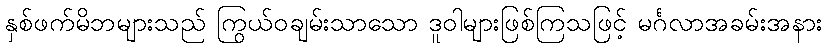
နှစ်ဖက်မိဘများသည် ကြွယ်ဝချမ်းသာသော ဒူဝါများဖြစ်ကြသဖြင့် မင်္ဂလာအခမ်းအနား